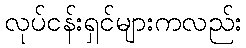
လုပ်ငန်းရှင်များကလည်း